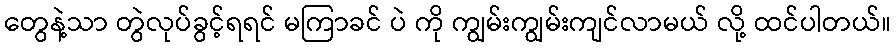
တွေနဲ့သာ တွဲလုပ်ခွင့်ရရင် မကြာခင် ပဲ ကို ကျွမ်းကျွမ်းကျင်လာမယ် လို့ ထင်ပါတယ်။